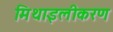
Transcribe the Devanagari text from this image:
मिथाइलीकरण